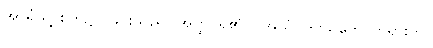
အာရုံသို့ စိတ်၌ပြုခြင်းသည်။ အတ္ထိ၊ ရှိ၏။) အယံ၊ ဤသဘောတရားကို။